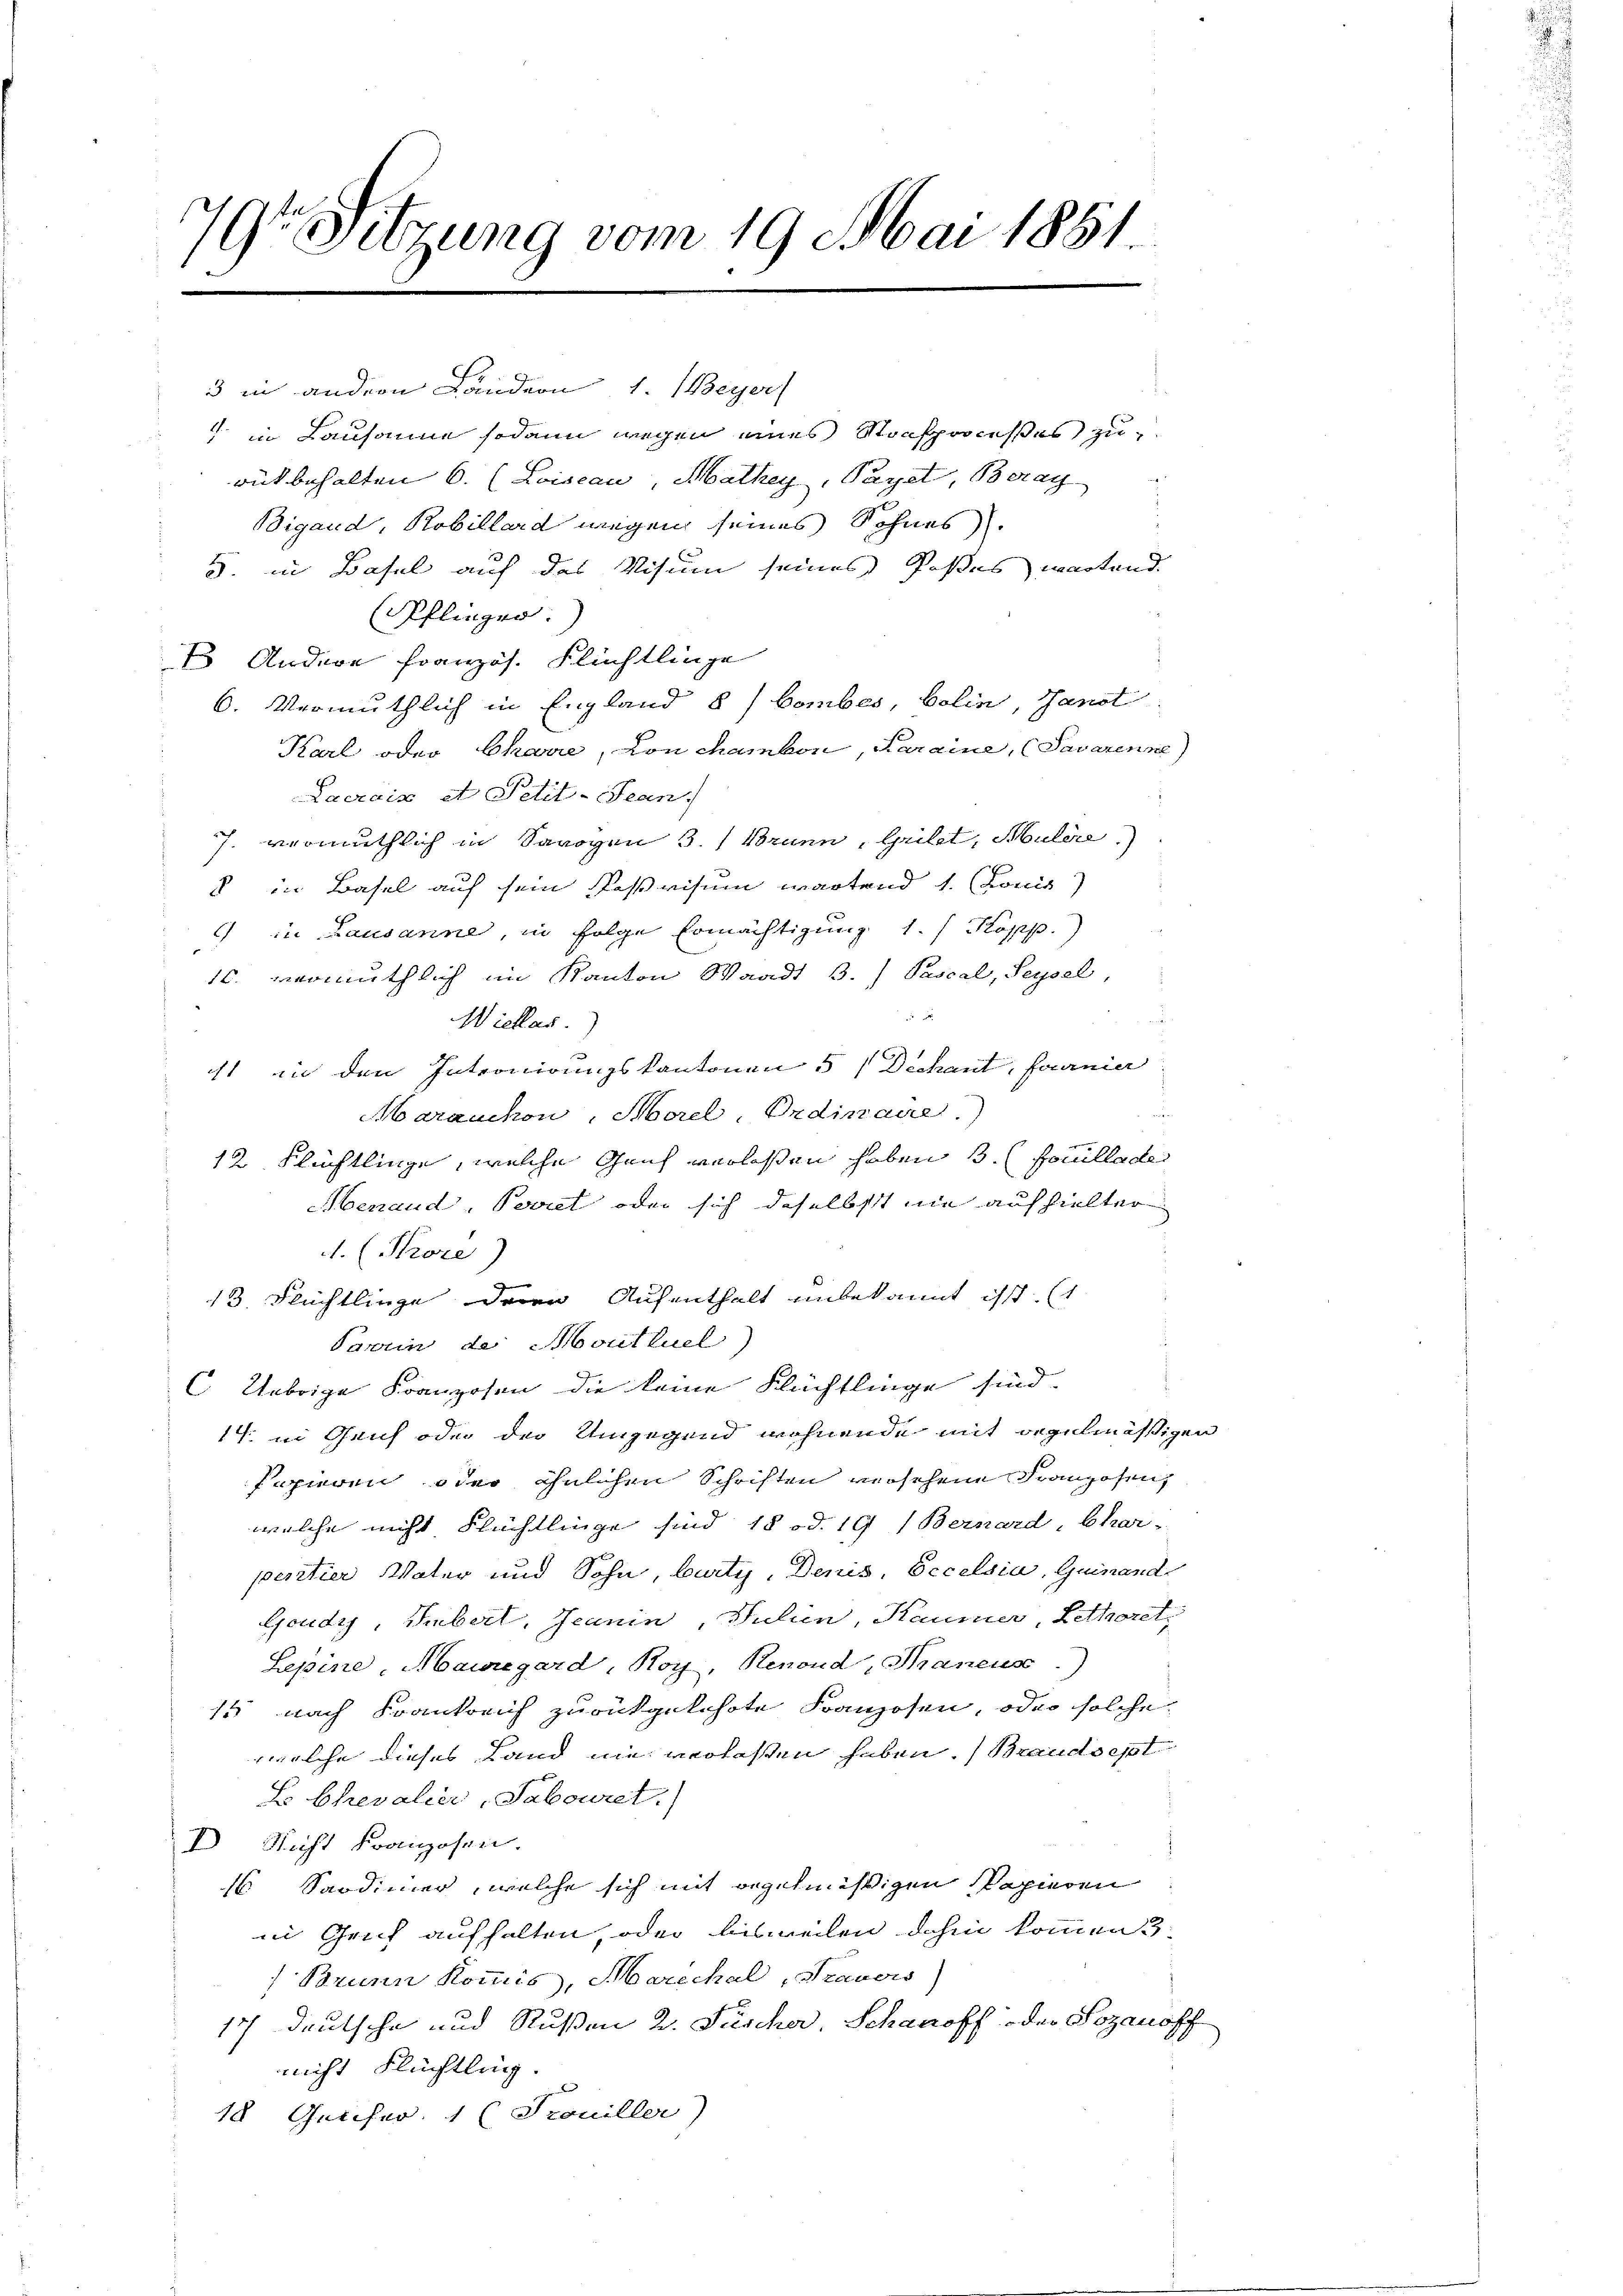
49r Sitzung vom 19. Mai 1851
1.

3 in andern Ländern, 1. (Beyer
rut behalten 6. (Loiseau, Mathey, Payet, Beray
Bigand, Robillard wegen seines Sohnes
5. in Basel auf das Visum seines Poßes wartend.
Pflinger.)
1 Andere Französ. Flüchtlinge
6. Vermuthlich in England 8 / bombes, belin, Janot
Karl oder Charre, Lon chambon, Karaine, (Savarenne)
Lacrois et Petit-Seen.
7. vermuthlich in Sarogen 3.) Brunn, Grilet, Mülere
8 in Basel auf sein Passvisum wartend 1. (Loxis)
) in Lausanne, in Folge Ermächtigung 1. / Kopp.)
16. vermuthlich im Kanton Waadt B. Pascal, Seysel,

Wickar.)
1 in den Intronirungskantonen 5 Dechant, faania
r
Marauchon, Morel, Ordinare.)
12 Flüchtlinge, welche Genf verlassen haben s. (focullade
Aenaud, Perit oder sich daselbst nie aufhielter
A. (Prore)
13. Flüchtlinge deren Aufenthalt unbekannt ist. (
Parrin der Moutluel)
 Uebrige Franzosen die keine Flüchtlinge sind,
14. in Genf oder der Umgegend wohnende mit regelmäßigen
Papieren oder ähnlichen Schriften versehene Franzosen,
welche nicht Flüchtlinge sind 18 od. 19 (Bernard, Char
peritier Vater und Sohn, burty, Denis, Eccelsia, Quinand
Goudys, Subert, Jeanin, Julien, Kaumer, Lethoret
Sepine, Mauregard, Roy, Renond, Maneus.)
15 nach Krankreich zurückgekehrte Franzosen, oder solche
welche dieses Land nie verlassen haben. (Brandsest
L Chevalier, Sabouret.
I Nicht Kranzosen.
1s Sardimer, welche sich mit regelmäßigen Papieren
in Greif aufhalten, oder bisweilen dahin kommen 3:
Brunn Kommis, Marechal , Trauers)
1ch Deutsche und Rußen 2. Füscher, Schanoff oder Sozanoff
nicht Flüchtlung. |
18. Gercher. 1 (Trouiller)

in Lausanne sodann wegen eines Stonsproceßes zu